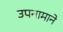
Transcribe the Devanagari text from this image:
उपनामाने